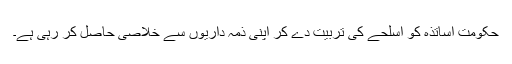
حکومت اساتذہ کو اسلحے کی تربیت دے کر اپنی ذمہ داریوں سے خلاصی حاصل کر رہی ہے۔